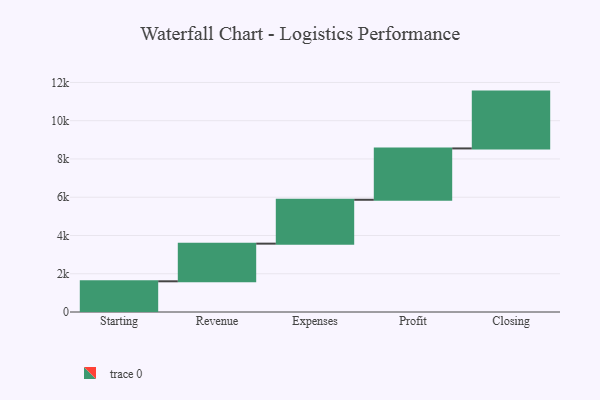
{"axis": {"x": "Step", "y": "Value"}, "legend": [""], "data": [{"x": "Starting", "y": 1605.0, "type": ""}, {"x": "Revenue", "y": 1968.0, "type": ""}, {"x": "Expenses", "y": 2294.0, "type": ""}, {"x": "Profit", "y": 2684.0, "type": ""}, {"x": "Closing", "y": 2971.0, "type": ""}]}